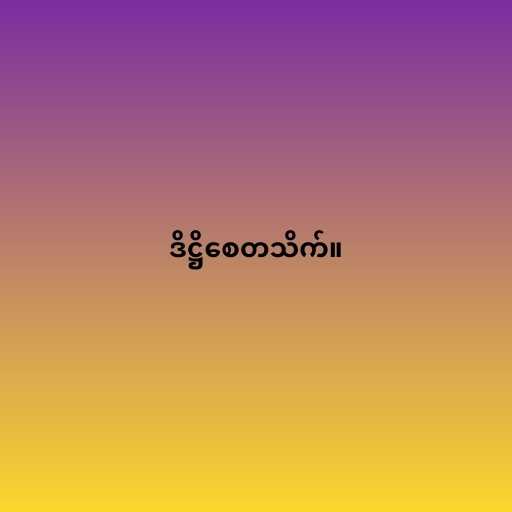
ဒိဋ္ဌိစေတသိက်။